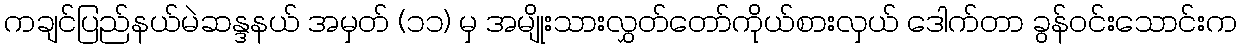
ကချင်ပြည်နယ်မဲဆန္ဒနယ် အမှတ် (၁၁) မှ အမျိုးသားလွှတ်တော်ကိုယ်စားလှယ် ဒေါက်တာ ခွန်ဝင်းသောင်းက